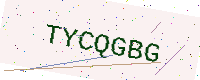
Text: TYCQGBG